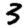
Digit: 3